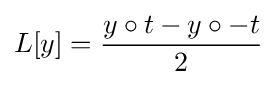
L[y]={\frac {y\circ t-y\circ -t}{2}}